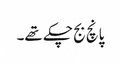
پانچ بج چکے تھے۔